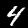
Label: 4